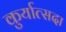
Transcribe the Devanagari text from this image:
कुर्यात्सदा